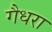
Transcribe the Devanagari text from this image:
गैधरा